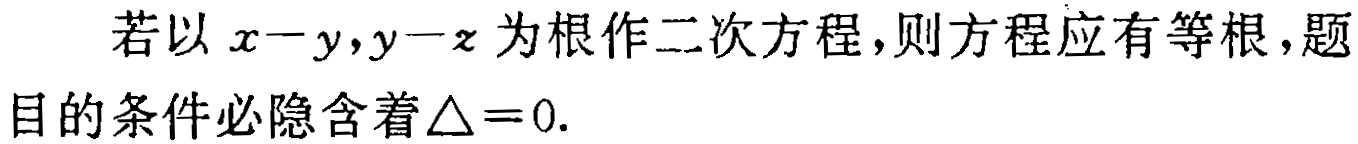
若以\(x - y,y - z\)为根作二次方程，则方程应有等根，题目的条件必隐含着\(\triangle = 0\).